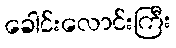
ခေါင်းလောင်းကြီး